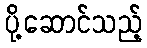
ပို့ဆောင်သည့်